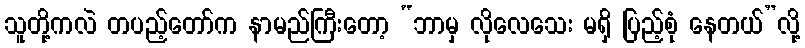
သူတို့ကလဲ တပည့်တော်က နာမည်ကြီးတော့ “ဘာမှ လိုလေသေး မရှိ ပြည့်စုံ နေတယ်”လို့